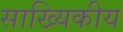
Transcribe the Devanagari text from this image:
साख्यिकीय